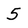
Character: 5